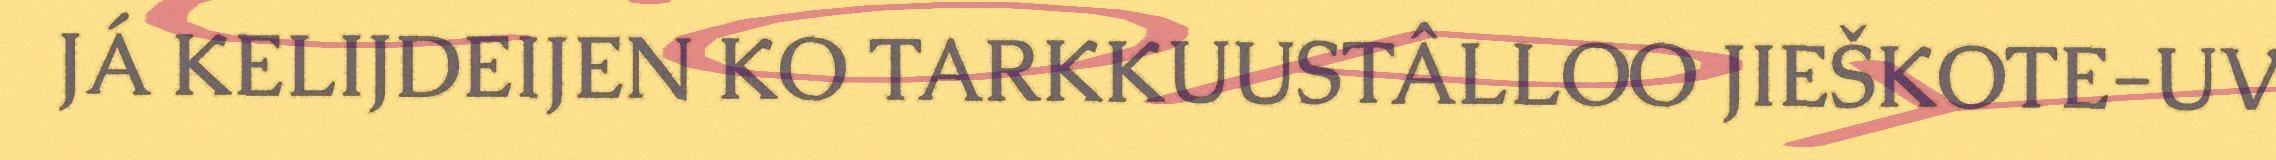
JÁ KELIJDEIJEN KO TARKKUUSTÂLLOO JIEŠKOTE-UV